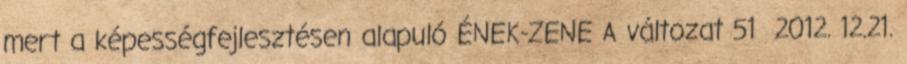
mert a képességfejlesztésen alapuló ÉNEK-ZENE A változat 51 2012. 12.21.